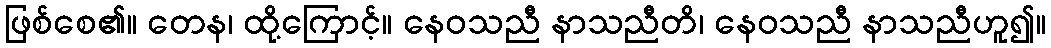
ဖြစ်စေ၏။ တေန၊ ထို့ကြောင့်။ နေဝသညီ နာသညီတိ၊ နေဝသညီ နာသညီဟူ၍။